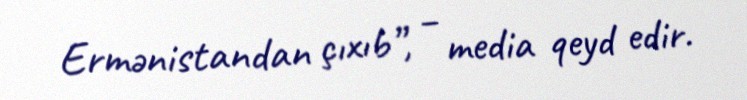
Ermənistandan çıxıb”, – media qeyd edir.